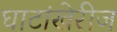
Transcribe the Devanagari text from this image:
घाटांखेरीज